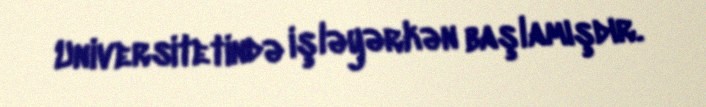
Universitetində işləyərkən başlamışdır.